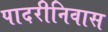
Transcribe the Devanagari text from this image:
पादरीनिवास